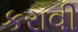
કરાવી